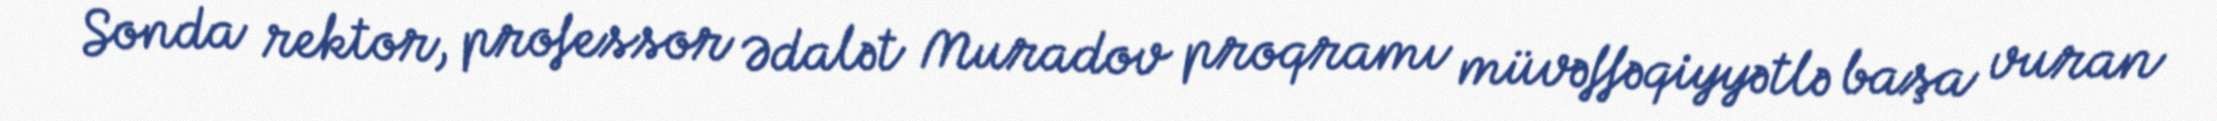
Sonda rektor, professor Ədalət Muradov proqramı müvəffəqiyyətlə başa vuran